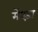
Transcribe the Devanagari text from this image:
मेंबड़ा